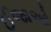
ઈજાઓ